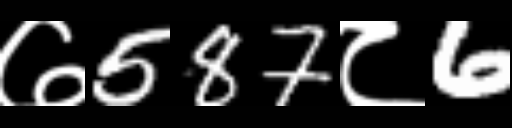
Text: ७587८6